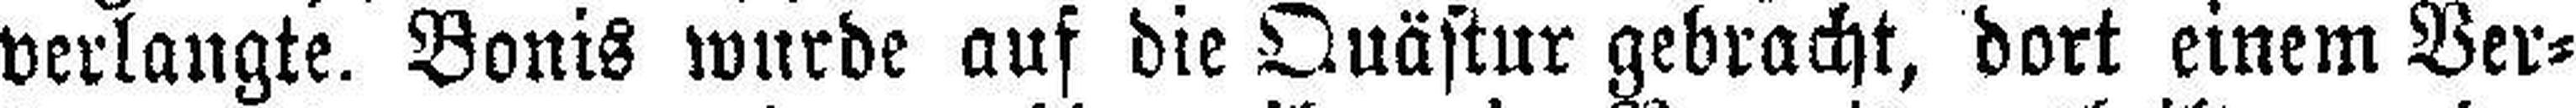
verlangte. Bonis wurde auf die Quästur gebracht, dort einem Ver¬